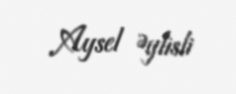
Aysel Əylisli